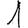
Digit: 1